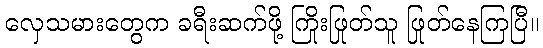
လှေသမားတွေက ခရီးဆက်ဖို့ ကြိုးဖြုတ်သူ ဖြုတ်နေကြပြီ။